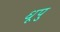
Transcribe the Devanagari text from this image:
धूपु